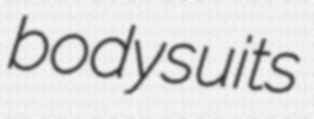
bodysuits